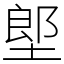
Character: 𡏅